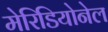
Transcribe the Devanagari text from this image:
मेरिडियोनेल